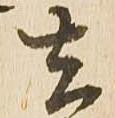
去